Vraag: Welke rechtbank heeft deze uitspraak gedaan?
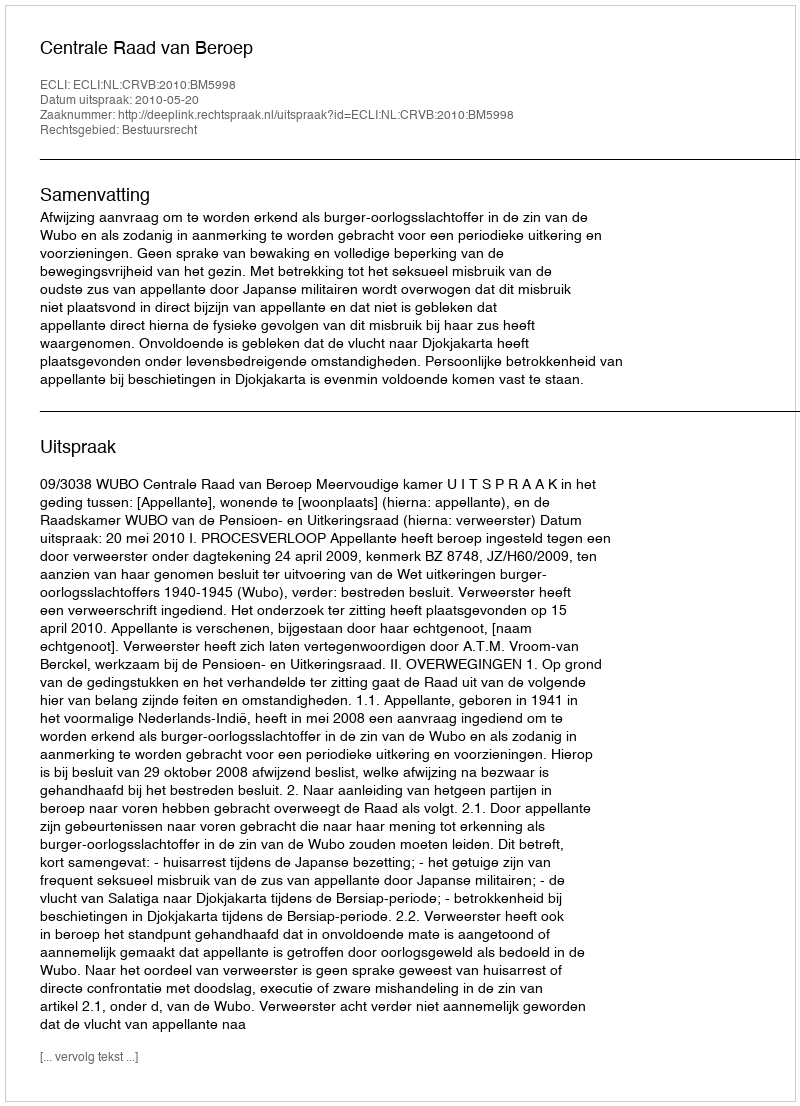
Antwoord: Centrale Raad van Beroep